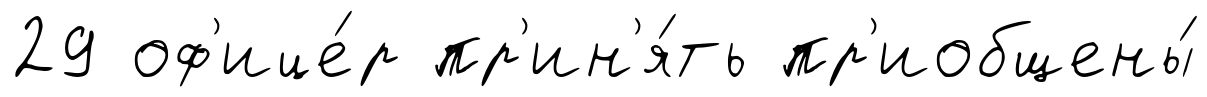
29 оф'ице́р пр'ин'я́ть пр'иобщены́